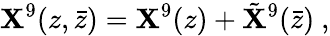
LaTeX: \mathbf{X}^{9}(z,\bar{{z}})=\mathbf{X}^{9}(z)+{\tilde{{\mathbf{X}}}}^{9}(\bar{{z}})\ ,